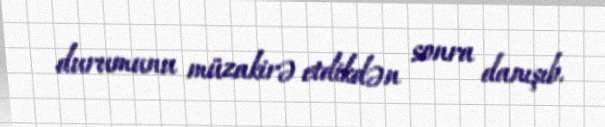
durumunu müzakirə etdikdən sonra danışıb.